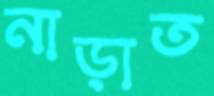
নাড়াত